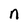
Character: n